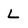
Character: L